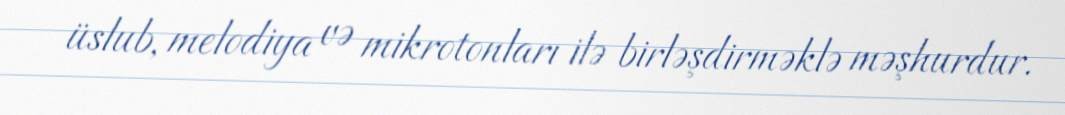
üslub, melodiya və mikrotonları ilə birləşdirməklə məşhurdur.